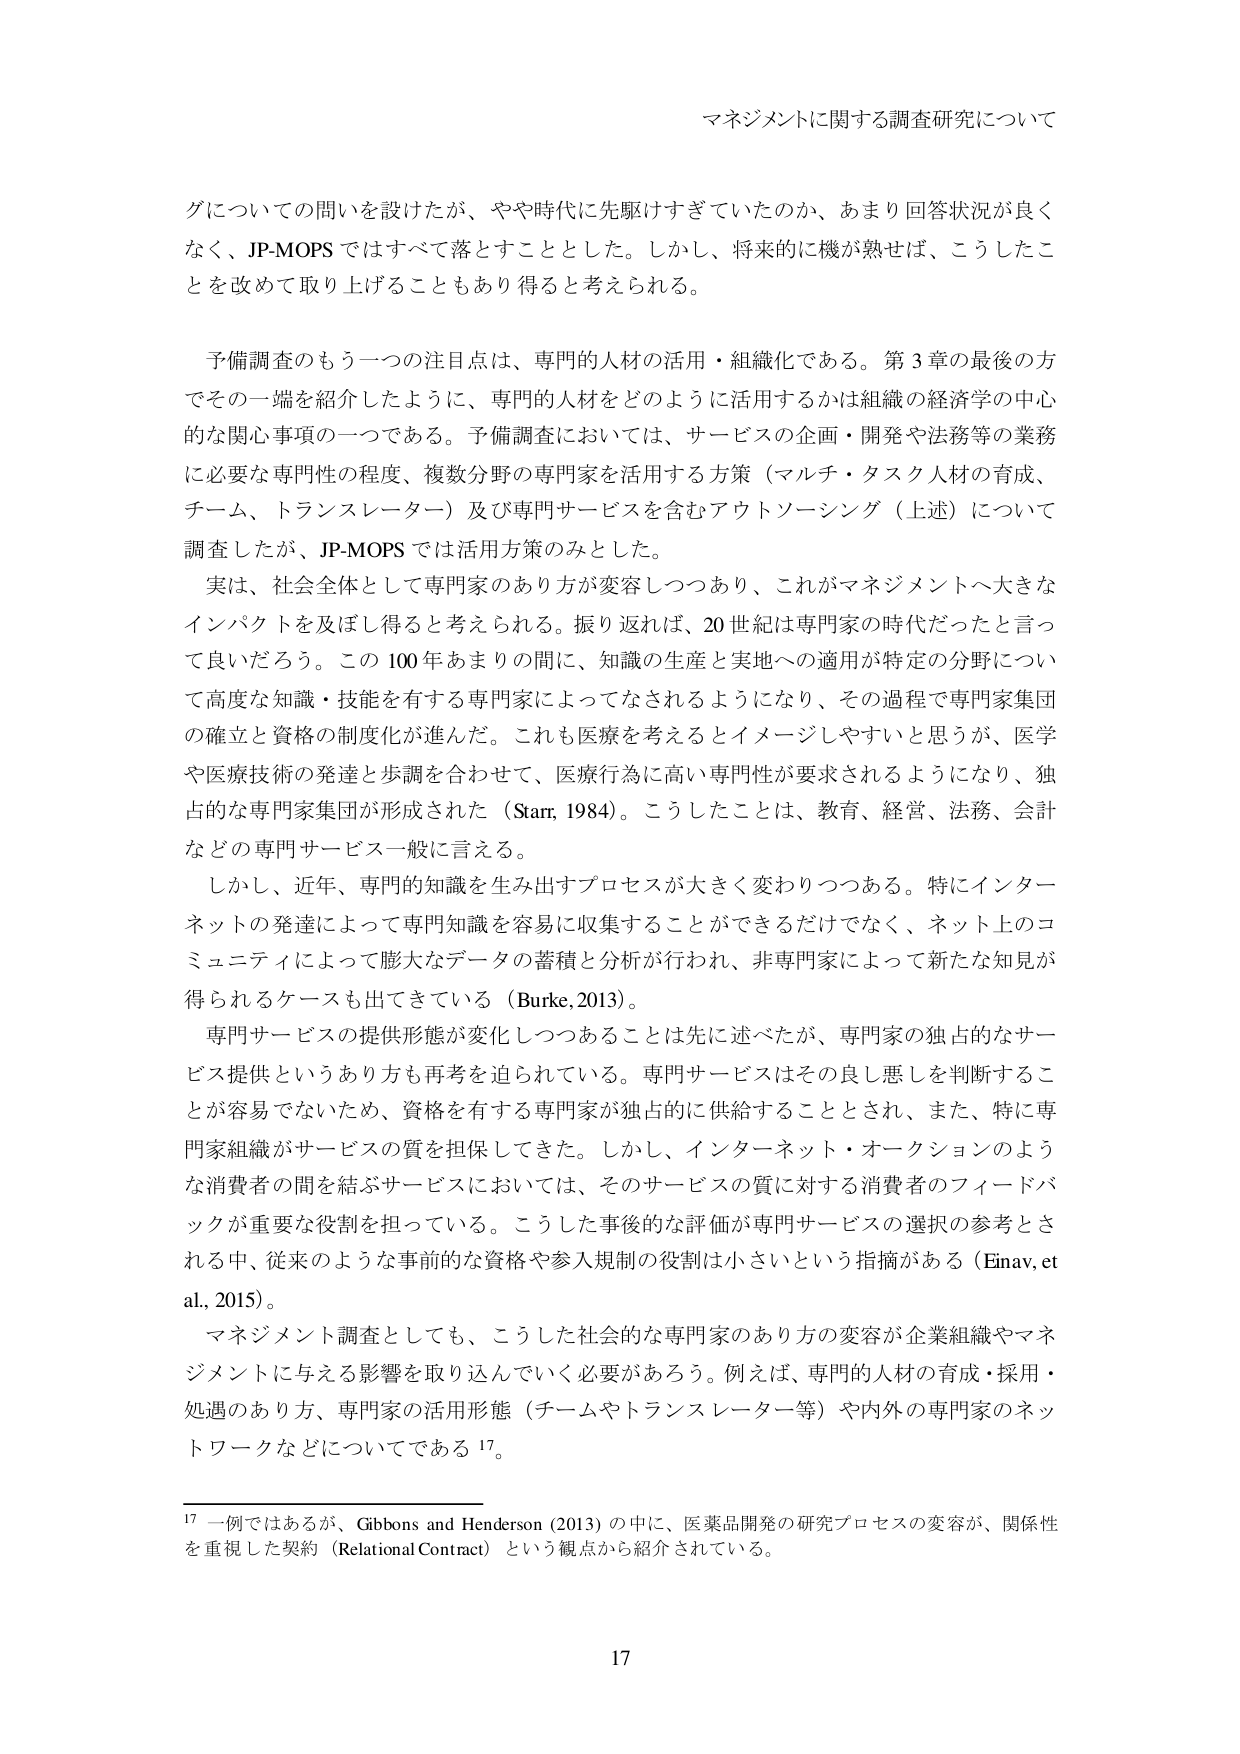
マネジメントに関する調査研究について

グについての問いを設けたが、やや時代に先駆けすぎていたのか、あまり回答状況が良くなく、JP-MOPS ではすべて落とすこととした。しかし、将来的に機が熟せば、こうしたことを改めて取り上げることもあり得ると考えられる。

予備調査のもう一つの注目点は、専門的人材の活用・組織化である。第3章の最後の方でその一端を紹介したように、専門的人材をどのように活用するかは組織の経済学の中心的な関心事項の一つである。予備調査においては、サービスの企画・開発や法務等の業務に必要な専門性の程度、複数分野の専門家を活用する方策（マルチ・タスク人材の育成、チーム、トランスレーター）及び専門サービスを含むアウトソーシング（上述）について調査したが、JP-MOPS では活用方策のみとした。

実は、社会全体として専門家のあり方が変容しつつあり、これがマネジメントへ大きなインパクトを及ぼし得ると考えられる。振り返れば、20世紀は専門家の時代だったと言って良いだろう。この100年あまりの間に、知識の生産と実地への適用が特定の分野について高度な知識・技能を有する専門家によってなされるようになり、その過程で専門家集団の確立と資格の制度化が進んだ。これも医療を考えるとイメージしやすいと思うが、医学や医療技術の発達と歩調を合わせて、医療行為に高い専門性が要求されるようになり、独占的な専門家集団が形成された（Starr, 1984）。こうしたことは、教育、経営、法務、会計などの専門サービス一般に言える。

しかし、近年、専門的知識を生み出すプロセスが大きく変わりつつある。特にインターネットの発達によって専門知識を容易に収集することができるだけでなく、ネット上のコミュニティによって膨大なデータの蓄積と分析が行われ、非専門家によって新たな知見が得られるケースも出てきている（Burke, 2013）。

専門サービスの提供形態が変化しつつあることは先に述べたが、専門家の独占的なサービス提供というあり方も再考を迫られている。専門サービスはその良し悪しを判断することが容易でないため、資格を有する専門家が独占的に供給することとされ、また、特に専門家組織がサービスの質を担保してきた。しかし、インターネット・オークションのような消費者の間を結ぶサービスにおいては、そのサービスの質に対する消費者のフィードバックが重要な役割を担っている。こうした事後的な評価が専門サービスの選択の参考とされる中、従来のような事前的な資格や参入規制の役割は小さいという指摘がある（Einav, et al., 2015）。

マネジメント調査としても、こうした社会的な専門家のあり方の変容が企業組織やマネジメントに与える影響を取り込んでいく必要があろう。例えば、専門的人材の育成・採用・処遇のあり方、専門家の活用形態（チームやトランスレーター等）や内外の専門家のネットワークなどについてである17。

17 一例ではあるが、Gibbons and Henderson (2013) の中に、医薬品開発の研究プロセスの変容が、関係性を重視した契約（Relational Contract）という観点から紹介されている。

17